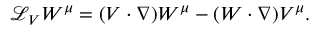
{ \mathcal { L } } _ { V } W ^ { \mu } = ( V \cdot \nabla ) W ^ { \mu } - ( W \cdot \nabla ) V ^ { \mu } .